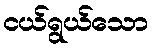
ငယ်ရွယ်သော